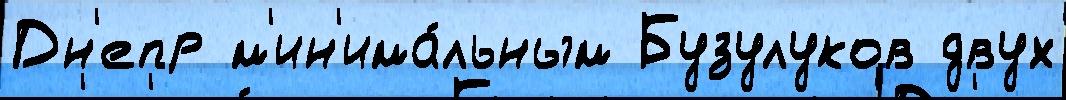
Дн'епр м'ин'има́льным Бузулуков двух